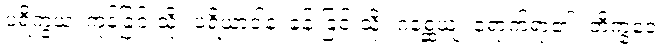
ပရိက္ခယံ၊ ကုန်ခြင်းသို့။ ပရိယာဒါနံ၊ ခန်းခြင်းသို့။ ဂစ္ဆေယျ၊ ရောက်ရာ၏။ ဘိက္ခဝေ၊